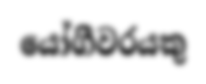
යෝගීවරයකු